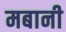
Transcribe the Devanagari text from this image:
मबानी